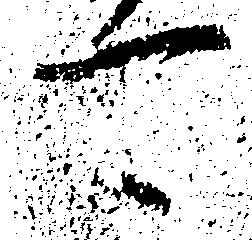
可